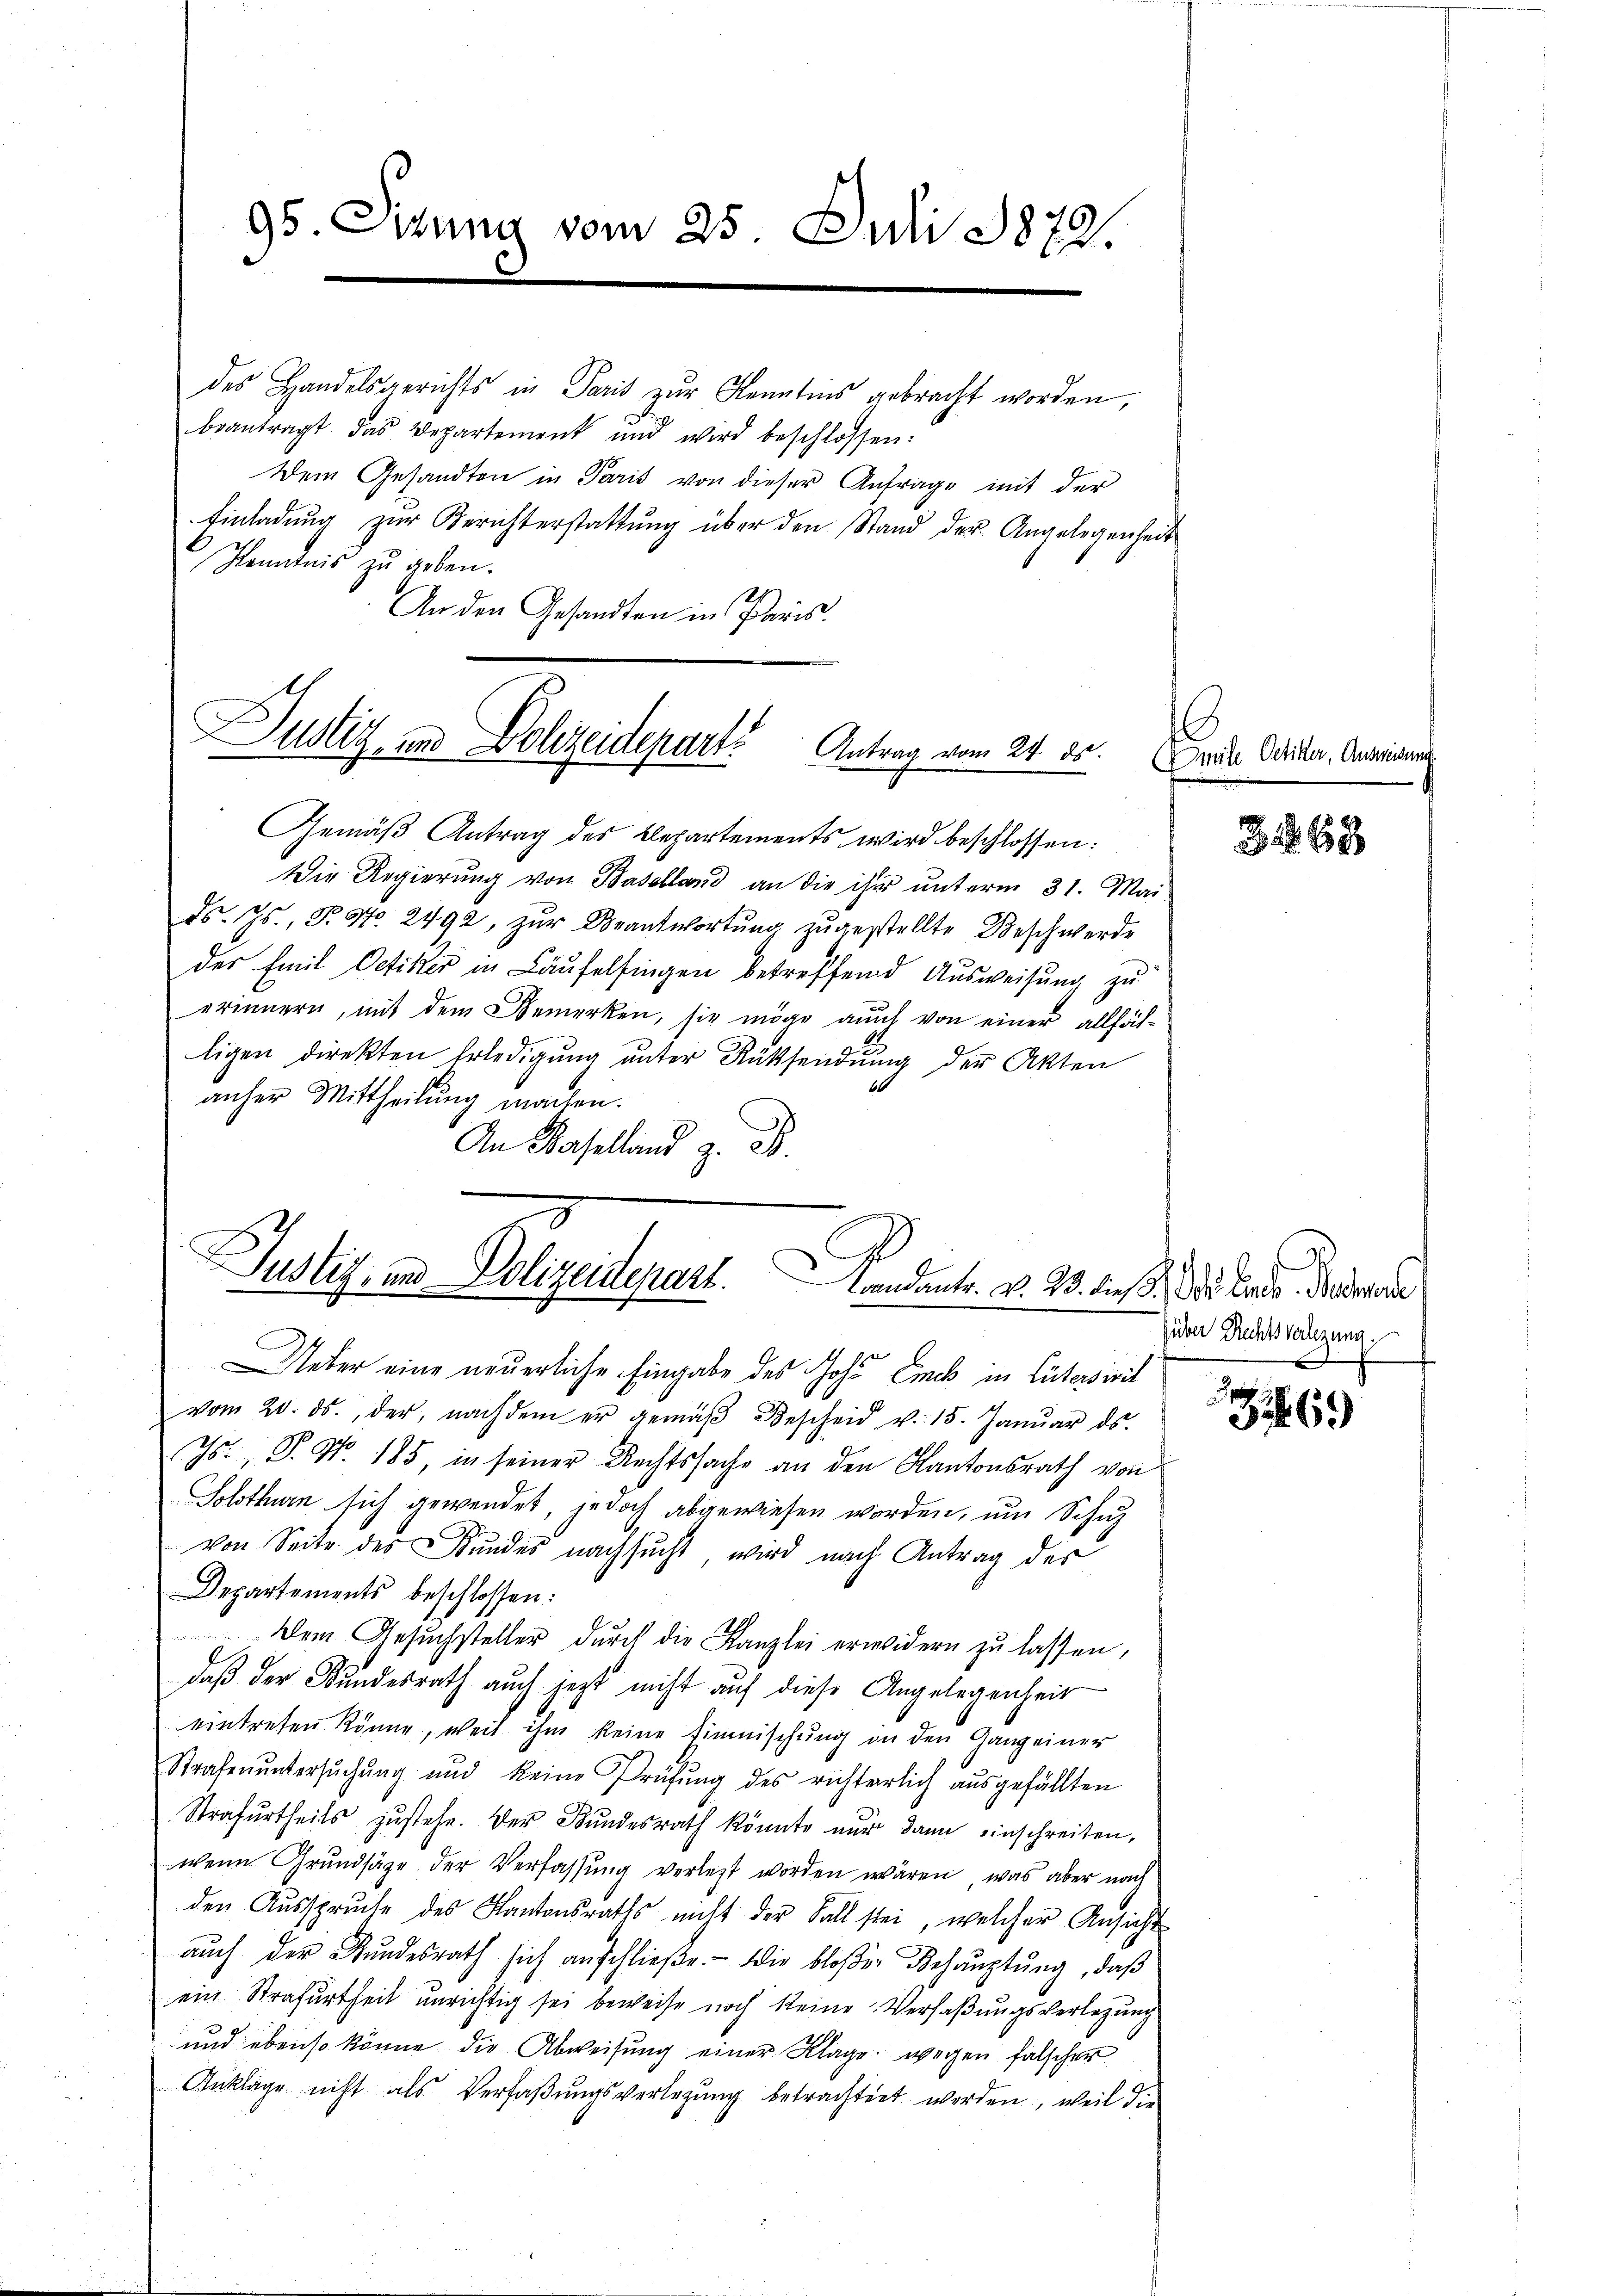
95. Ditung vom 25. Juli 1872

des Handelsgerichts in Paris zur Kenntnis gebracht worden,
beantragt das Departement und wird beschlossen:
Dem Gesandten in Paris von dieser Anfrage mit der
Einladung zur Berichterstattung über den Stand der Angelegenheit
Kenntnis zu geben.
An den Gesandten in Paris.

Justiz- und Polizeidepart. Antrag vom 24. 80.

Gemäß Antrag des Repartements wird beschlossen:
Die Regierung von Baselland an die ihr unterm 31. Mai
ds. Js., P. Nr. 2492, zur Beantwortung zugestellte Beschwerde
des Emil Oetiker in Läufelfingen betreffend Ausweisung zu
erinnern, mit dem Bemerken, sie möge auch von einer allfälligen direkten Erledigung unter Rücksendung der Akten
anher Mittheilung machen.
An Baselland z. B.

Justiz- und Polizeidepart. Kandants. d. 23. dieß. Die Lande Gesandte

Ueber eine neuerliche Eingabe des Joh. Eich in Literswit
vom 20. ds., der, nachdem er gemäβ Bescheid v. 15. Janŭar ds.
Ts. P. Nr. 185, in seiner Rechtssache an den Kantonsrath von
Solothurn sich gewendet, jedoch abgewiesen worden, um Schul
von Seite des Bundes nachsucht, wird nach Antrag des
Departements beschlossen:
 Dem Gesuchsteller durch die Kanzlei erwidern zu lassen,
daß der Bundesrath auch jezt nicht auf diese Angelegenheit
eintreten könne, weil ihm keine Zinmischung in den Gang einer
Strafenŭntersŭchŭng und keine Prüfŭng des richterlich aŭsgefällten
Strafurtheils zustehe. Der Bundesrath könnte nur dann einschreiten,
wenn Grundsätze der Verfassung verletzt worden wären, was aber nach
den Aŭssprŭche des Kantonsraths nicht der Fall stei, welcher Ansicht
aŭch der Bŭndesrath sich anschlieβe.- Die bloβer Behaŭptŭng, daβ
ein Strafurtheit unrichtig sei beweise noch keine Verfaßungsverlegung
und ebenso könne die Abweisung einer Klage wegen falscher
Anklage nicht als Verfaßungsverlegung betrachtet werden, weil die

Imite Oetiker, Ausweisung

Hüber Rechtsverlegung.
.

6

6)